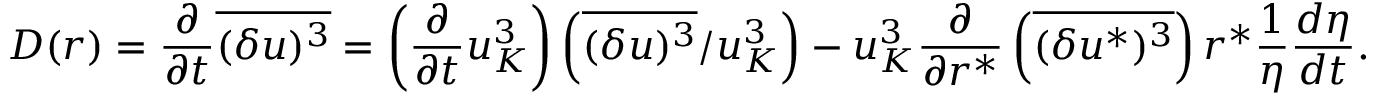
{ \cal D } ( r ) = \frac { \partial } { \partial t } \overline { { ( \delta u ) ^ { 3 } } } = \left( \frac { \partial } { \partial t } u _ { K } ^ { 3 } \right) \left( \overline { { ( \delta u ) ^ { 3 } } } / u _ { K } ^ { 3 } \right) - u _ { K } ^ { 3 } \frac { \partial } { \partial r ^ { * } } \left( \overline { { ( \delta u ^ { * } ) ^ { 3 } } } \right) r ^ { * } \frac { 1 } { \eta } \frac { d \eta } { d t } .